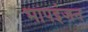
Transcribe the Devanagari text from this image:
भापइंजन